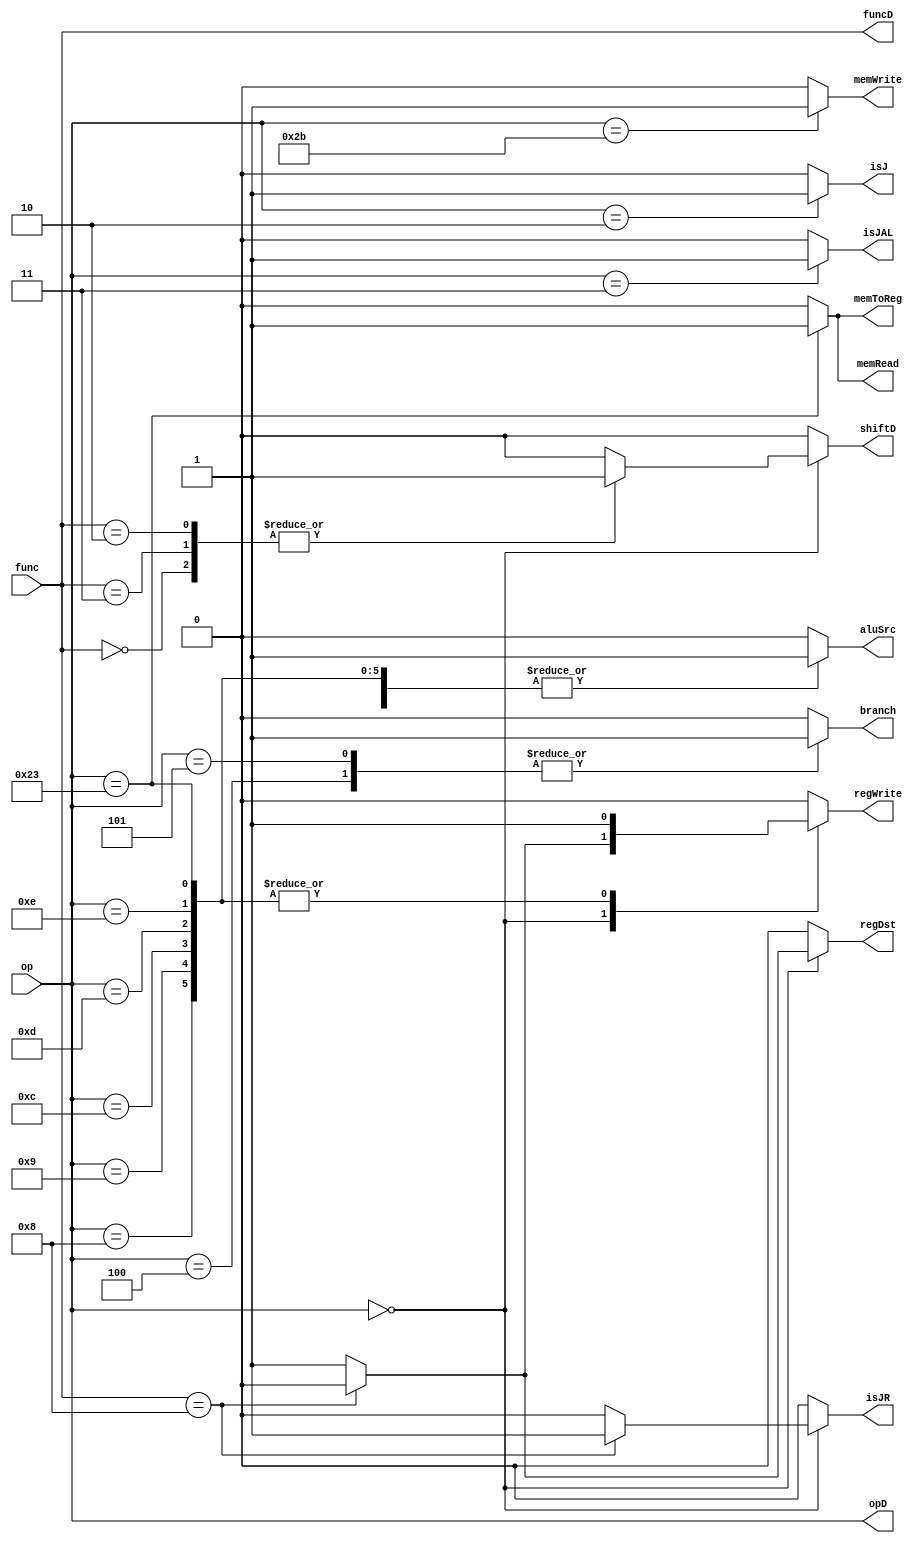
module controlUnit(input [5:0]op
, input [5:0]func

,output reg isJ // whether the instruction is J
,output reg isJAL// whether the instruction is JAL
,output reg isJR // whether the instruction is JR
,output reg regWrite
,output reg memToReg
,output reg memWrite
,output reg memRead
,output reg branch
,output reg shiftD // whether ALU needs shift amount
,output reg [5:0]opD
,output reg [5:0]funcD
,output reg aluSrc
,output reg regDst);
    initial
    begin
        isJ=0;
        isJAL=0;
        isJR=0;
        regWrite=0;
        memToReg=0;
        memWrite=0;
        memRead=0;
        branch=0;
        shiftD=0;
        aluSrc=0;
        regDst=0;
    end
    always @(op or func) 
    begin
        isJ=0;
        isJAL=0;
        isJR=0;
        regWrite=0;
        memToReg=0;
        memWrite=0;
        memRead=0;
        branch=0;
        shiftD=0;
        aluSrc=0;
        regDst=0;
        opD = op;
        funcD = func;
        case (op)
            6'b000000://Rtype MIPS instruction
            begin
                regWrite = 1;
                regDst = 1;
                case(func)
                    6'b001000: begin
                        isJR = 1;
                        regWrite = 0;
                        regDst = 0;
                    end
                    6'b000000: shiftD = 1;
                    6'b000011: shiftD = 1;
                    6'b000010: shiftD = 1;
                endcase
            end
            6'b001000:  //addi
                begin
                    regWrite = 1'b1;
                    aluSrc = 1'b1;
                end

            6'b001001:  //addiu
                begin
                    regWrite = 1'b1;
                    aluSrc = 1'b1;
                end
            
            6'b001100:  //andi
                begin
                    regWrite = 1'b1;
                    aluSrc = 1'b1;
                end
            
            6'b001101: //ori
                begin
                    regWrite = 1'b1;
                    aluSrc = 1'b1;
                end
            
            6'b001110: //xori
                begin
                    regWrite = 1'b1;
                    aluSrc = 1'b1;
                end
            
            6'b000100: //beq N
                begin
                    branch = 1;
                end

            6'b000101: //bne N
                begin
                    branch = 1;
                end
            
            6'b100011: //lw
                begin
                    memRead = 1'b1;
                    regWrite = 1'b1;
                    aluSrc = 1'b1; 
                    memToReg = 1'b1;
                end
            6'b101011: //sw
                begin
                    memWrite = 1'b1;
                    aluSrc = 1'b1; 
                end
            6'b000010: //j
                begin
                    isJ = 1'b1;
                end
            6'b000011: //jal
                begin
                    isJAL = 1'b1;
                end
        endcase
    end
endmodule